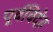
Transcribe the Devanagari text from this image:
पूर्वविदेह